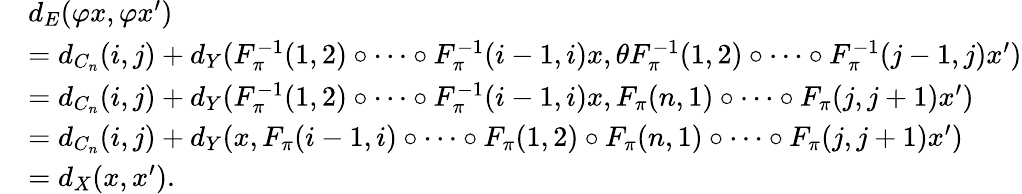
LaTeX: \begin{array}{rl}&{d_{E}(\varphi x,\varphi x^{\prime})}\\ &{=d_{C_{n}}(i,j)+d_{Y}(F_{\pi}^{-1}(1,2)\circ\dots\circ F_{\pi}^{-1}(i-1,i)x,\theta F_{\pi}^{-1}(1,2)\circ\dots\circ F_{\pi}^{-1}(j-1,j)x^{\prime})}\\ &{=d_{C_{n}}(i,j)+d_{Y}(F_{\pi}^{-1}(1,2)\circ\dots\circ F_{\pi}^{-1}(i-1,i)x,F_{\pi}(n,1)\circ\dots\circ F_{\pi}(j,j+1)x^{\prime})}\\ &{=d_{C_{n}}(i,j)+d_{Y}(x,F_{\pi}(i-1,i)\circ\dots\circ F_{\pi}(1,2)\circ F_{\pi}(n,1)\circ\dots\circ F_{\pi}(j,j+1)x^{\prime})}\\ &{=d_{X}(x,x^{\prime}).}\end{array}